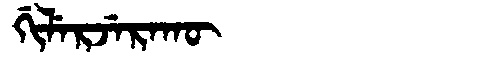
Manchu: ᡤᡳᠯᡝᡵᠵᡝᡵᠠᡴᡡ
Romanization: GILERJERAKŪ